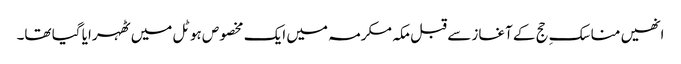
انھیں مناسکِ حج کے آغاز سے قبل مکہ مکرمہ میں ایک مخصوص ہوٹل میں ٹھہرایا گیا تھا۔